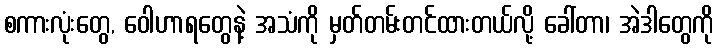
စကားလုံးတွေ, ဝေါဟာရတွေနဲ့ အသံကို မှတ်တမ်းတင်ထားတယ်လို့ ခေါ်တာ၊ အဲဒါတွေကို